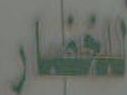
للخضار